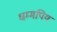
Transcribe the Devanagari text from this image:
धम्मपिय